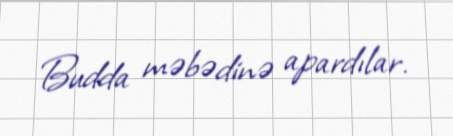
Budda məbədinə apardılar.